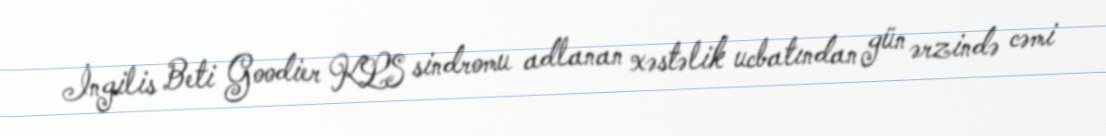
İngilis Beti Goodier KLS sindromu adlanan xəstəlik ucbatından gün ərzində cəmi